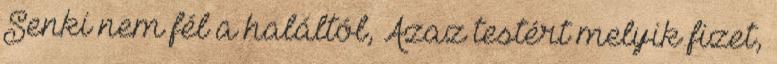
Senki nem fél a haláltól, Azaz testért melyik fizet,